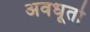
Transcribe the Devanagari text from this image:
अवधूतो